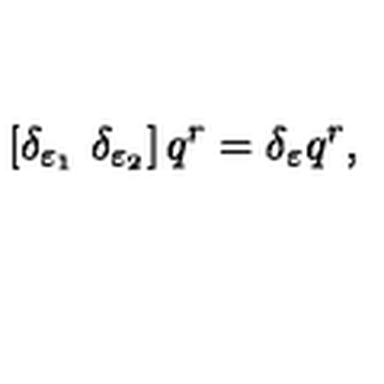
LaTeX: \left[ \delta _ { \varepsilon _ { 1 } } \ \delta _ { \varepsilon _ { 2 } } \right] q ^ { r } = \delta _ { \varepsilon } q ^ { r } ,